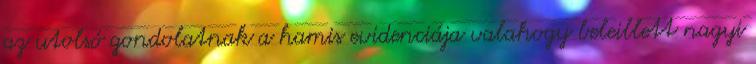
az utolsó gondolatnak a hamis evidenciája valahogy beleillett nagyi